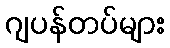
ဂျပန်တပ်များ